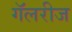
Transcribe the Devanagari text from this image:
गॅलरीज